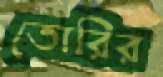
তোরির